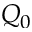
Q _ { 0 }